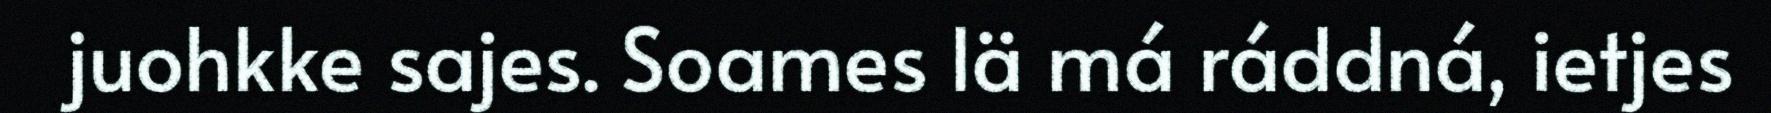
juohkke sajes. Soames lä má ráddná, ietjes